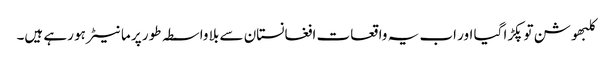
کلبھوشن توپکڑا گیا اور اب یہ واقعات افغانستان سے بلا واسطہ طور پر ما نیٹر ہو رہے ہیں۔